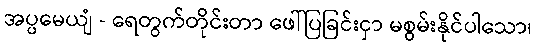
အပ္ပမေယျံ - ရေတွက်တိုင်းတာ ဖေါ်ပြခြင်းငှာ မစွမ်းနိုင်ပါသော၊